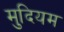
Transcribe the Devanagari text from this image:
मुदियम